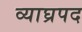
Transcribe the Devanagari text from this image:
व्याघ्रपद